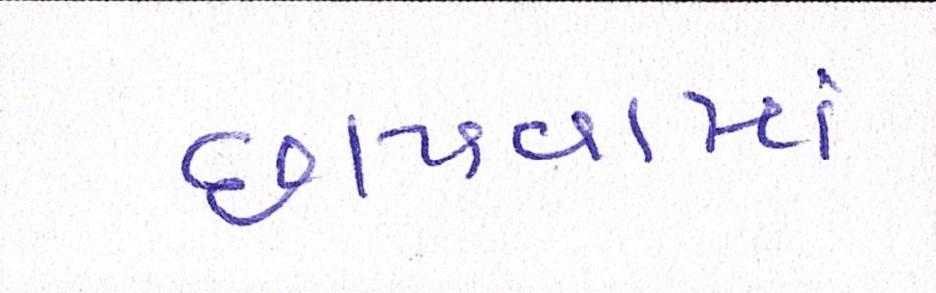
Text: છાપવામાં